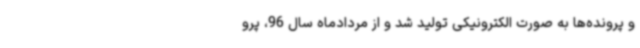
و پرونده‌ها به صورت الکترونیکی تولید شد و از مردادماه سال 96، پرو